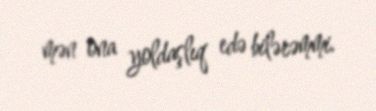
mən ona yoldaşlıq edə bilərəmmi.